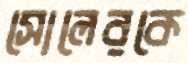
সোলেরকে